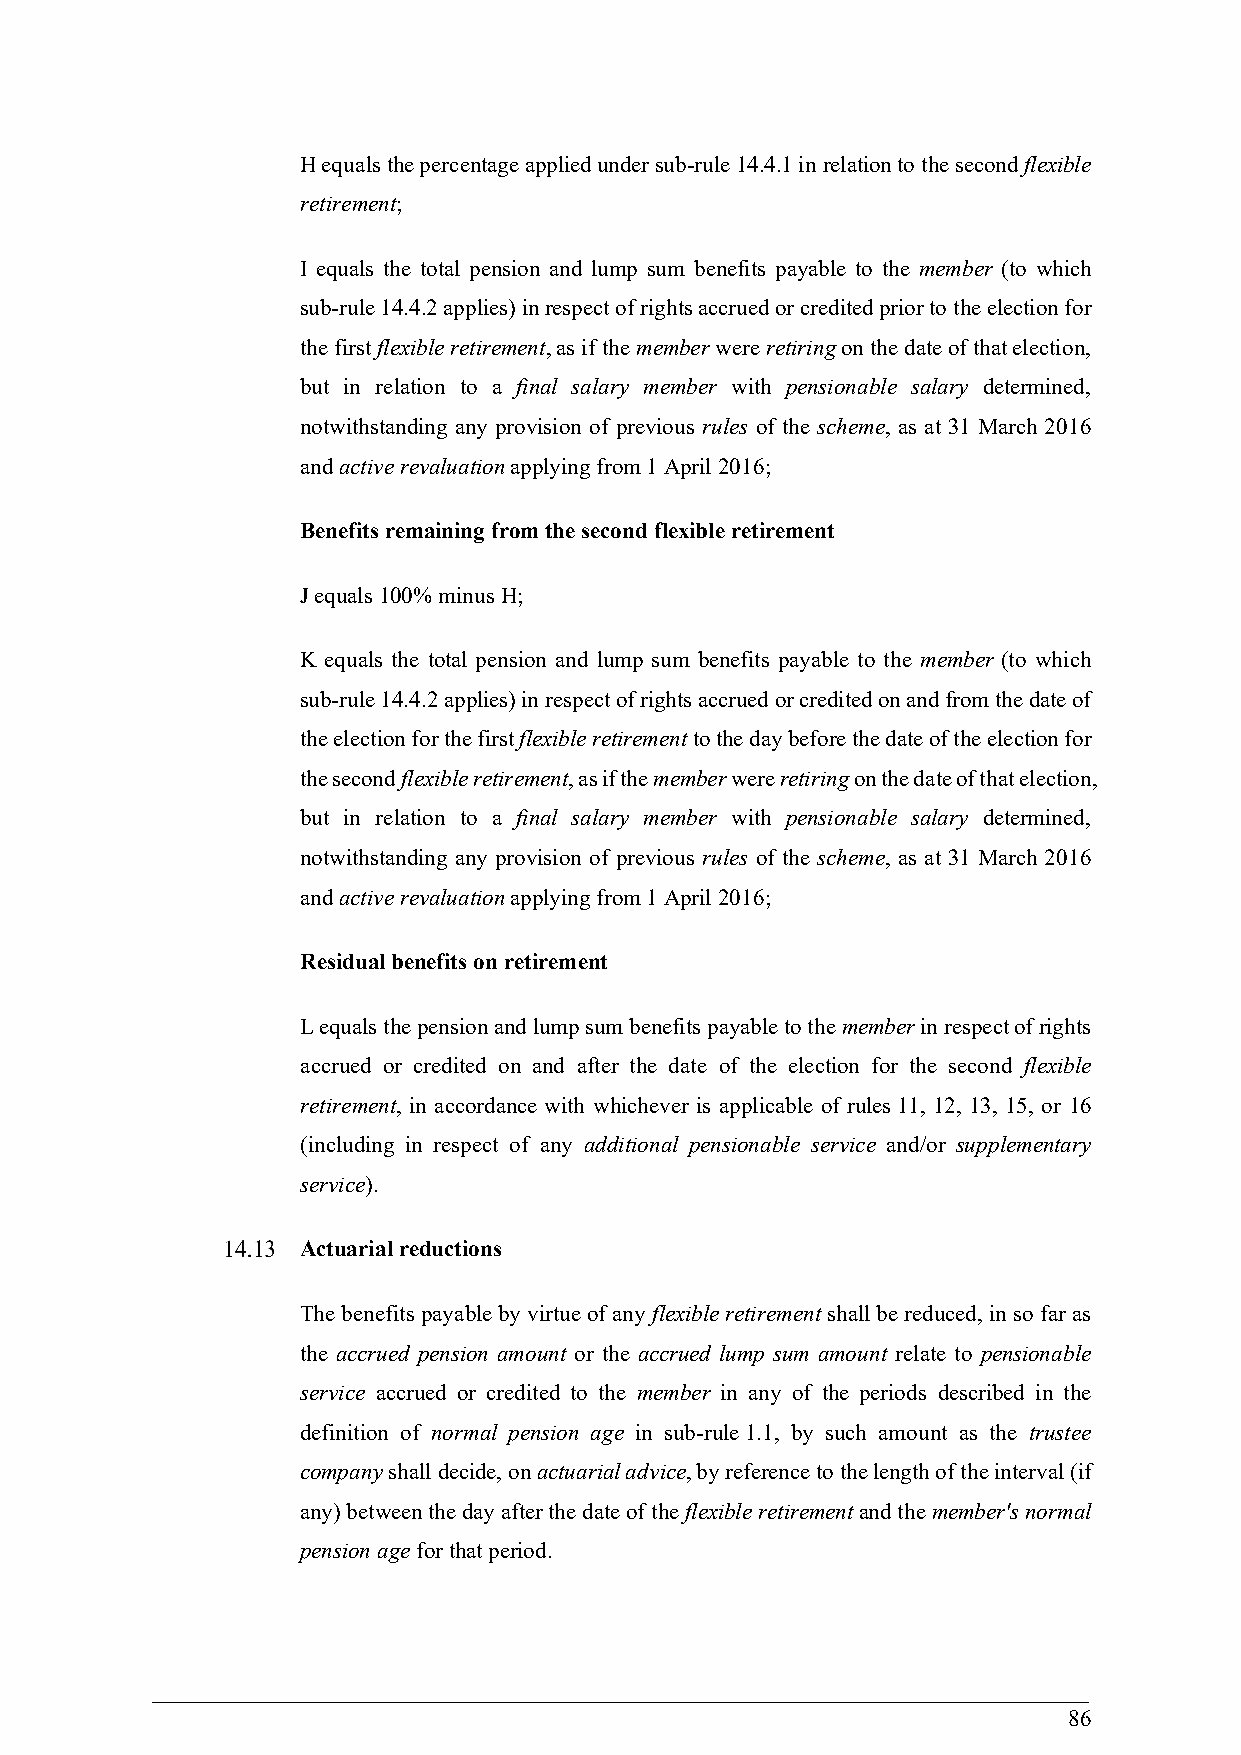
H equals the percentage applied under sub-rule 14.4.1 in relation to the second flexible
 retirement;
 I equals the total pension and lump sum benefits payable to the member (to which
 sub-rule 14.4.2 applies) in respect of rights accrued or credited prior to the election for
 the first flexible retirement, as if the member were retiring on the date of that election,
 but in relation to a final salary member with pensionable salary determined,
 notwithstanding any provision of previous rules of the scheme, as at 31 March 2016
 and active revaluation applying from 1 April 2016;
 Benefits remaining from the second flexible retirement
 J equals 100% minus H;
 K equals the total pension and lump sum benefits payable to the member (to which
 sub-rule 14.4.2 applies) in respect of rights accrued or credited on and from the date of
 the election for the first flexible retirement to the day before the date of the election for
 the second flexible retirement, as if the member were retiring on the date of that election,
 but in relation to a final salary member with pensionable salary determined,
 notwithstanding any provision of previous rules of the scheme, as at 31 March 2016
 and active revaluation applying from 1 April 2016;
 Residual benefits on retirement
 L equals the pension and lump sum benefits payable to the member in respect of rights
 accrued or credited on and after the date of the election for the second flexible
 retirement, in accordance with whichever is applicable of rules 11, 12, 13, 15, or 16
 (including in respect of any additional pensionable service and/or supplementary
 service).
 Actuarial reductions
 The benefits payable by virtue of any flexible retirement shall be reduced, in so far as
 the accrued pension amount or the accrued lump sum amount relate to pensionable
 service accrued or credited to the member in any of the periods described in the
 definition of normal pension age in sub-rule 1.1, by such amount as the trustee
 company shall decide, on actuarial advice, by reference to the length of the interval (if
 any) between the day after the date of the flexible retirement and the member's normal
 pension age for that period.
 86